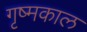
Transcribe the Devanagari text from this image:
गृष्मकाल